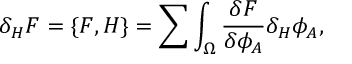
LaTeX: \delta _ { H } F = \{ F , H \} = \sum \int _ { \Omega } { \frac { \delta F } { \delta \phi _ { A } } } \delta _ { H } \phi _ { A } ,